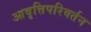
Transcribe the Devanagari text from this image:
आवृत्तिपरिवर्तन